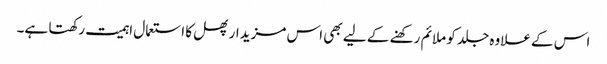
اس کے علاوہ جلد کو ملائم رکھنے کے لیے بھی اس مزیدار پھل کا استعمال اہمیت رکھتا ہے۔